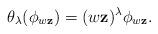
LaTeX: \begin{align*} \theta_{\lambda} (\phi_{w\mathbf{z}}) = (w\mathbf{z})^{\lambda} \phi_{w\mathbf{z}} . \end{align*}